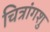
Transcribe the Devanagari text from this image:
चित्रांगशु